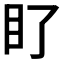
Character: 𭾙